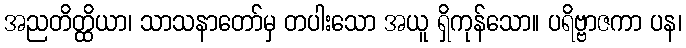
အညတိတ္ထိယာ၊ သာသနာတော်မှ တပါးသော အယူ ရှိကုန်သော။ ပရိဗ္ဗာဇကာ ပန၊